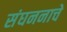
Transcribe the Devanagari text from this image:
संघननाचे